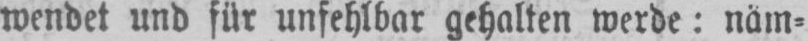
wendet und für unfehlbar gehalten werde: näm⸗